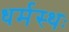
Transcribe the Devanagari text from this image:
धर्मस्थः